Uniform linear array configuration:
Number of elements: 12
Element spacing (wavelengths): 1
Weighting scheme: cosine
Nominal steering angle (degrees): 60
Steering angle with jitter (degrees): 59.579
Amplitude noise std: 0.05
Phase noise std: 0.05

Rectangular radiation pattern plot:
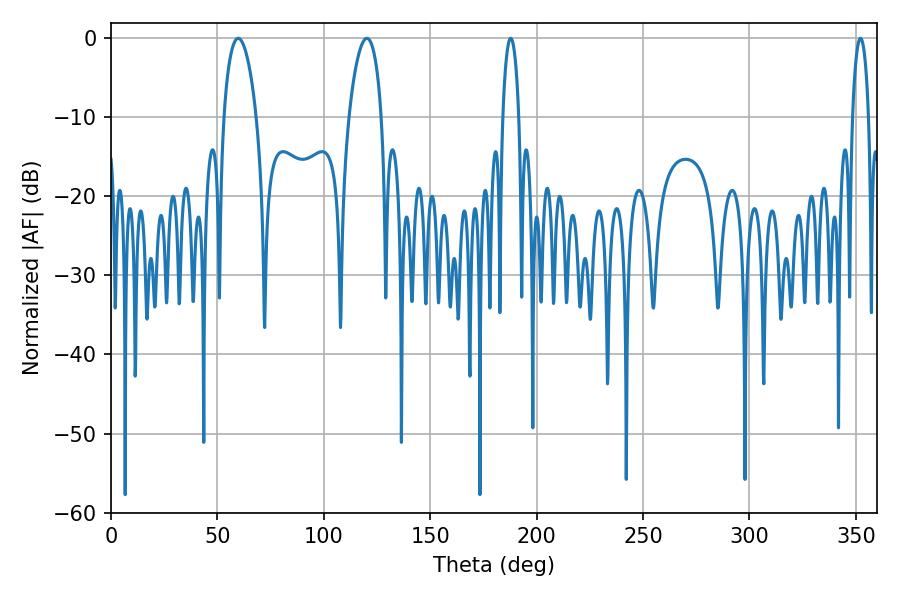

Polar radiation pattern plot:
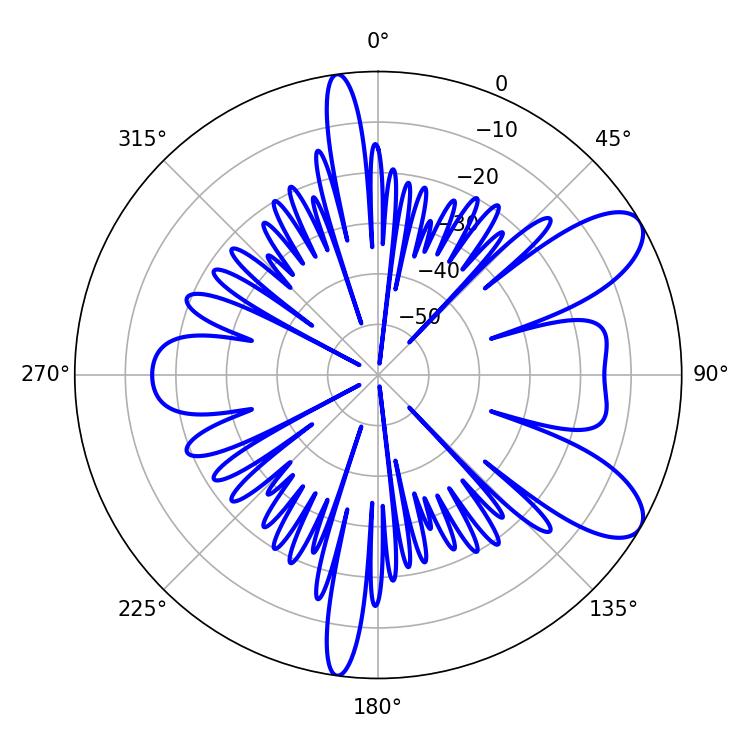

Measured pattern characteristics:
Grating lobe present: TRUE
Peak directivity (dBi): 8.843
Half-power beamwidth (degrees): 8.64
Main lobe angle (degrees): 59.76